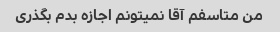
من متاسفم آقا نمیتونم اجازه بدم بگذری